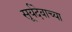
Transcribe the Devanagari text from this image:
सूर्यदेवाच्या